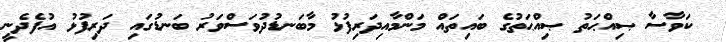
ކަވާސާ ޞިއްޙަތު ޞިއްޙަތުގެ ބައިތައް މަންމާއިދަރިފުޅު މާބަނޑުދުވަސްވަރު ބަނޑުގައި ދަރިފުޅު އުފެދެނީ